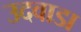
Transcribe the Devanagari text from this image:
उदवाडा